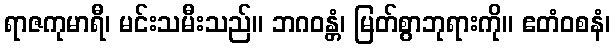
ရာဇကုမာရီ၊ မင်းသမီးသည်။ ဘဂဝန္တံ၊ မြတ်စွာဘုရားကို။ ဧတံဝစနံ၊